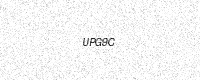
Text: UPG9C